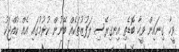
ވީހާ ގިނައިން ވީހާ ބޮޑެތި އިނގިރޭސި ލަފުޒުތަކެއް ބޭނުން ކުރުމުގައި އެއް ކުއްޖަކު